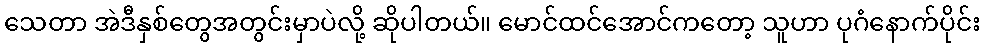
သေတာ အဲဒီနှစ်တွေအတွင်းမှာပဲလို့ ဆိုပါတယ်။ မောင်ထင်အောင်ကတော့ သူဟာ ပုဂံနောက်ပိုင်း